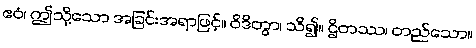
ဧဝံ၊ ဤသို့သော အခြင်းအရာဖြင့်။ ဝိဒိတွာ၊ သိ၍။ ဌိတဿ၊ တည်သော။